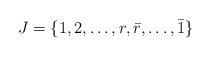
\begin{align*}J=\{ 1,2,\dots,r,\bar{r},\dots,\bar{1} \}\end{align*}